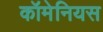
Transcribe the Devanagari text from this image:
कॉमेनियस